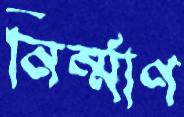
নির্ম্মাণ